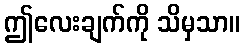
ဤလေးချက်ကို သိမှသာ။